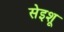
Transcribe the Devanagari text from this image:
सेइशू